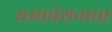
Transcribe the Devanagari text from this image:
समावेशनाचा